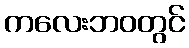
ကလေးဘဝတွင်